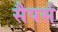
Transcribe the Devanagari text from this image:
सैपर्स